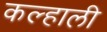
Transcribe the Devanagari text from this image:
कल्हाली